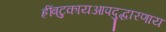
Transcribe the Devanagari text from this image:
ह्रींबटुकायआपदुद्धारणाय